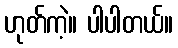
ဟုတ်ကဲ့။ ပါပါတယ်။